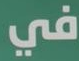
في